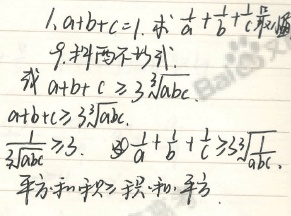
1. 已知\(a + b + c = 1\)，求\(\frac{1}{a}+\frac{1}{b}+\frac{1}{c}\)的最值。

9. 利用均值不等式：
由均值不等式\(a + b + c\geqslant3\sqrt[3]{abc}\)（当且仅当\(a = b = c\)时等号成立）。
因为\(a + b + c = 1\)，所以\(1\geqslant3\sqrt[3]{abc}\)，进而可得\(\frac{1}{\sqrt[3]{abc}}\geqslant3\)。
又因为\(\frac{1}{a}+\frac{1}{b}+\frac{1}{c}\geqslant3\sqrt[3]{\frac{1}{abc}}\)。